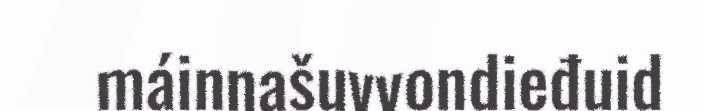
máinnašuvvondieđuid